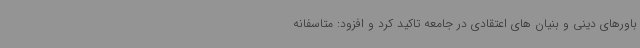
باورهای دینی و بنیان های اعتقادی در جامعه تاکید کرد و افزود: متاسفانه